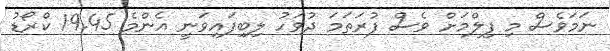
ނަމަވެސް މި ފިލްމަށް ވެސް ފުރަތަމަ ދުވަހު ލިބިފައިވަނީ އެންމެ 19.45 ކްރޯޑު